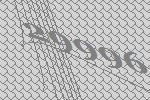
29996